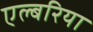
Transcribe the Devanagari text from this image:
एल्बरिया